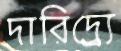
দারিদ্র্র্যে